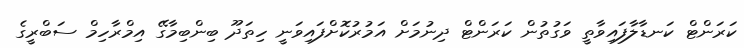
ކަރަންޓް ކަނޑާލާފައިވާތީ ވަގުތުން ކަރަންޓް ދިނުމަށް އަމުރުކޮށްފައިވަނީ ހިތަދޫ ބިންބިމާގޭ އިމްރާހިމް ސަބްރީގެ